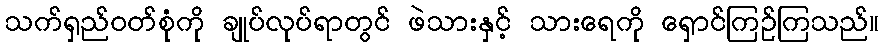
သက်ရှည်ဝတ်စုံကို ချုပ်လုပ်ရာတွင် ဖဲသားနှင့် သားရေကို ရှောင်ကြဉ်ကြသည်။